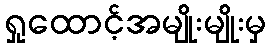
ရှုထောင့်အမျိုးမျိုးမှ